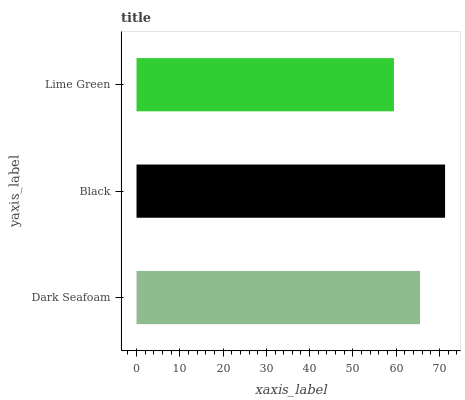
| yaxis_label | bars |
 | --- | --- |
 | Dark Seafoam | 65.5 |
 | Black | 71.3 |
 | Lime Green | 59.5 |